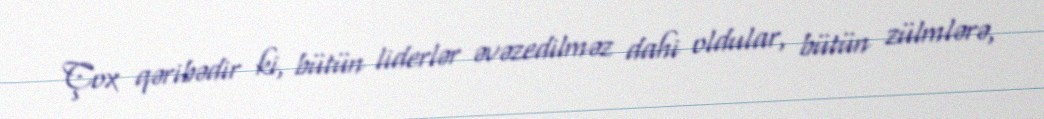
Çox qəribədir ki, bütün liderlər əvəzedilməz dahi oldular, bütün zülmlərə,